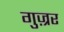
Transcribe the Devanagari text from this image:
गुज़्रर